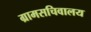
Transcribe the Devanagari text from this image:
ग्रामसचिवालय